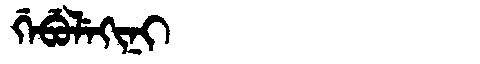
Manchu: ᡤᡝᠪᡠᠯᡝᡴᡳᠨᡳ
Romanization: GEBULEKINI